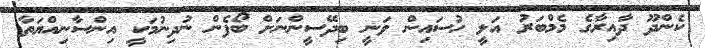
ކެންދޫ ދާއިރާގެ މެމްބަރު އަލީ ހުސައިން ވަނީ ބިދޭސީންނަށް ބޯފެން ނުދިނުމަކީ އިންސާނިއްޔަތާ